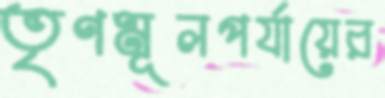
তৃণমূলপর্যায়ের